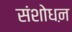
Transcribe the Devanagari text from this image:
संशोधऩ